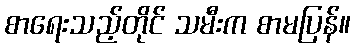
စာရေးသည့်တိုင် သမီးက စာမပြန်။